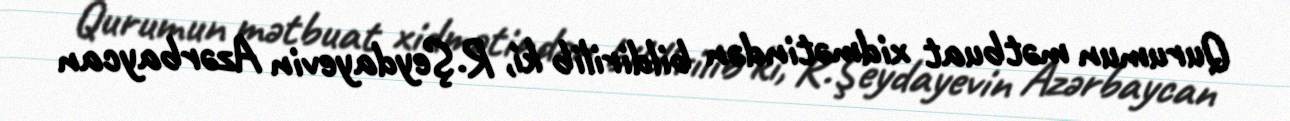
Qurumun mətbuat xidmətindən bildirilib ki, R.Şeydayevin Azərbaycan